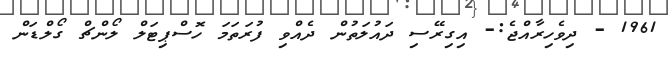
1961 - ދިވެހިރާއްޖެ:- އިގިރޭސި ދައުލަތުން ދެއްވި ފުރަތަމަ ހޮސްޕިޓަލް ލޯންޗް ގޯލްޑަން